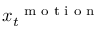
\boldsymbol x _ { t } ^ { \mathrm { ~ \scriptsize ~ m ~ o ~ t ~ i ~ o ~ n ~ } }